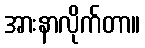
အားနာလိုက်တာ။